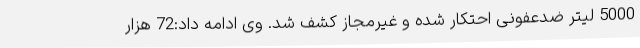
5000 لیتر ضدعفونی احتکار شده و غیرمجاز کشف شد. وی ادامه داد:72 هزار